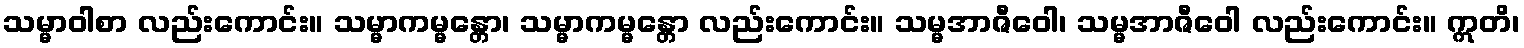
သမ္မာဝါစာ လည်းကောင်း။ သမ္မာကမ္မန္တော၊ သမ္မာကမ္မန္တော လည်းကောင်း။ သမ္မအာဇီဝေါ၊ သမ္မအာဇီဝေါ လည်းကောင်း။ ဣတိ၊